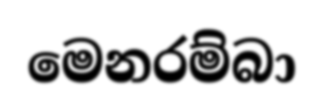
මෙනරම්බා